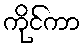
ကိုင်ကာ